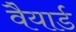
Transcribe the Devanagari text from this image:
वैयार्ड